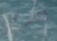
اتتذكر